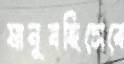
মানুষহিসেবে